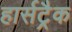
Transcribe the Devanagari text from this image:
हार्सट्रैक